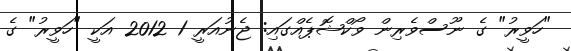
"ހަވީރު" ގެ ނޫސްވެރިން ވޯކްޝޮޕެއްގައި: ޖެނުއަރީ 1 2012 އަކީ "ހަވީރު" ގެ